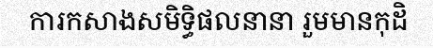
ការកសាងសមិទ្ធិផលនានា រួមមានកុដិ